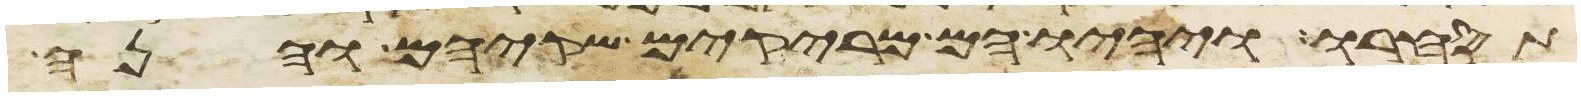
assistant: תסחרו ויהיו הם מריקים שקיהם והנה